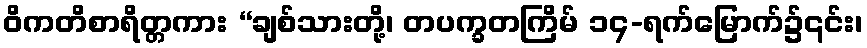
ဝိကတိစာရိတ္တကား “ချစ်သားတို့၊ တပက္ခတကြိမ် ၁၄-ရက်မြောက်၌၎င်း၊